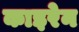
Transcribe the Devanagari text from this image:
काइरेन